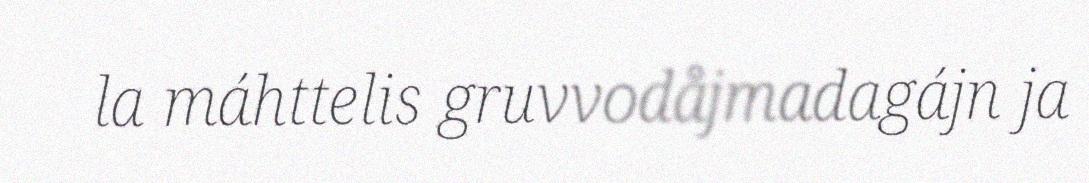
la máhttelis gruvvodåjmadagájn ja